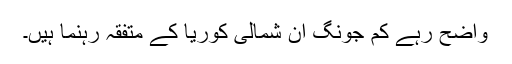
واضح رہے کم جونگ ان شمالی کوریا کے متفقہ رہنما ہیں۔